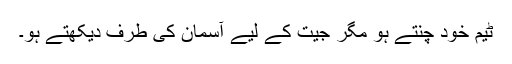
ٹیم خود چنتے ہو مگر جیت کے لیے آسمان کی طرف دیکھتے ہو۔